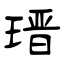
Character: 瑨